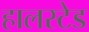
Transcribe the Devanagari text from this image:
हालस्टेड